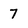
Character: 7